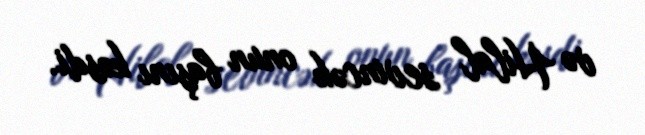
və Hilal sevincək onun başını kəsdi.